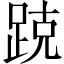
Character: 𰸑